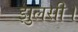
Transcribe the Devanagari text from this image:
झुलसी।